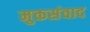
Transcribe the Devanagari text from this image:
मुक्तसंवाद